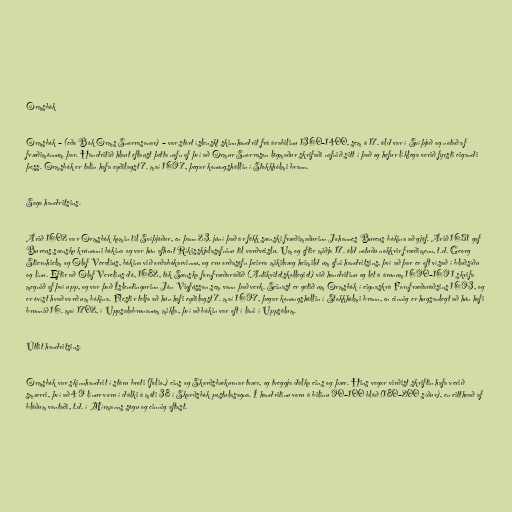
Ormsbók

Ormsbók – (eða Bók Orms Snorrasonar) – var stórt íslenskt skinnhandrit frá árabilinu 1360–1400, sem á 17. öld var í Svíþjóð og notað af
fræðimönnum þar. Handritið hlaut eflaust þetta nafn af því að Ormur Snorrason lögmaður skrifaði nafnið sitt í það og hefur líklega verið fyrsti eigandi
þess. Ormsbók er talin hafa eyðilagst 7. maí 1697, þegar konungshöllin í Stokkhólmi brann.

Saga handritsins.

Árið 1602 var Ormsbók komin til Svíþjóðar, en þann 23. júní það ár fékk sænski fræðimaðurinn Johannes Bureus bókina að gjöf. Árið 1651 gaf
Bureus sænsku krúnunni bókina og var hún afhent Ríkisskjalasafninu til varðveislu. Um og eftir miðja 17. öld notuðu nokkrir fræðimenn, t.d. Georg
Stiernhielm og Olof Verelius, bókina við orðabókarvinnu, og eru orðasöfn þeirra mikilvæg heimild um efni handritsins, því að þar er oft vísað í blaðsíðu
og línu. Eftir að Olof Verelius dó, 1682, tók Sænska fornfræðaráðið (Antikvitetskollegiet) við handritinu og lét á árunum 1690–1691 skrifa
megnið af því upp, og var það Íslendingurinn Jón Vigfússon sem vann það verk. Seinast er getið um Ormsbók í eignaskrá Fornfræðaráðsins 1693, og
er óvíst hvað varð um bókina. Flestir telja að hún hafi eyðilagst 7. maí 1697, þegar konungshöllin í Stokkhólmi brann, en einnig er hugsanlegt að hún hafi
brunnið 16. maí 1702, í Uppsalabrunanum mikla, því að bókin var oft í láni í Uppsölum.

Útlit handritsins.

Ormsbók var skinnhandrit í stóru broti (folio.) eins og Skarðsbækurnar tvær, og tveggja dálka eins og þær. Hins vegar virðist skriftin hafa verið
smærri, því að 49 línur voru í dálki á móti 38 í Skarðsbók postulasagna. Í handritinu voru á bilinu 90–100 blöð (180–200 síður), en eitthvað af
blöðum vantaði, t.d. í Mírmanns sögu og einnig aftast.